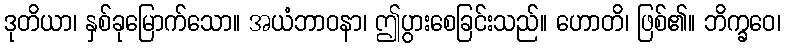
ဒုတိယာ၊ နှစ်ခုမြောက်သော။ အယံဘာဝနာ၊ ဤပွားစေခြင်းသည်။ ဟောတိ၊ ဖြစ်၏။ ဘိက္ခဝေ၊